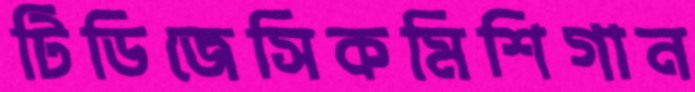
টিডিজেসিকমিশিগান